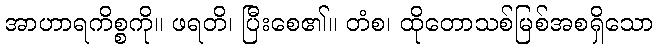
အာဟာရကိစ္စကို။ ဖရတိ၊ ပြီးစေ၏။ တံစ၊ ထိုတောသစ်မြစ်အစရှိသော